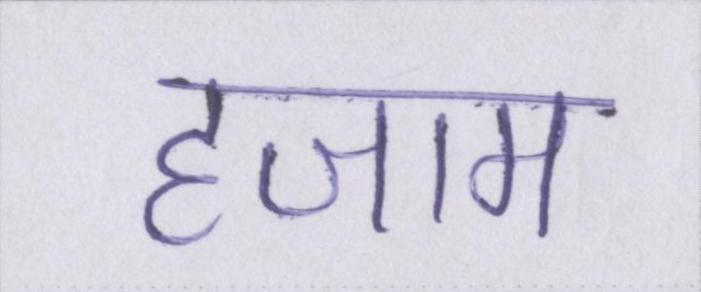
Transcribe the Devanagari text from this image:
हजाम